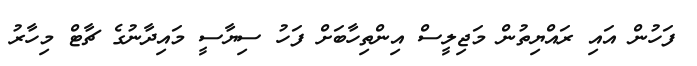
ފަހުން އައި ރައްޔިތުން މަޖިލީސް އިންތިހާބަށް ފަހު ސިޔާސީ މައިދާނުގެ ޗާޓް މިހާރު